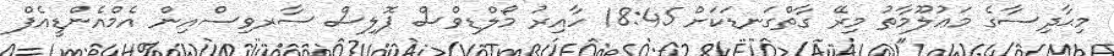
މިޙާދިސާގެ މަޢުލޫމާތު މިރޭ ގާތްގަނޑަކަށް 18:45 ހާއިރު މޯލްޑިވްސް ޕޮލިސް ސާރވިސްއިން އެމްއެންޑީއެފް